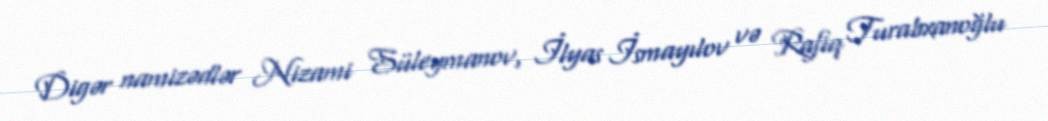
Digər namizədlər Nizami Süleymanov, İlyas İsmayılov və Rafiq Turabxanoğlu